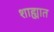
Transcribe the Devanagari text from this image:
शाह्यात